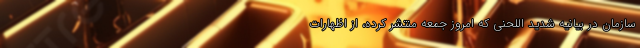
سازمان در بیانیه شدید اللحنی که امروز جمعه منتشر کرده، از اظهارات